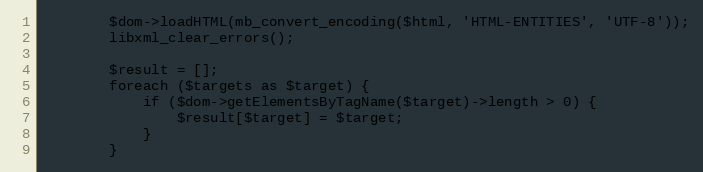
Language: PHP
		$dom->loadHTML(mb_convert_encoding($html, 'HTML-ENTITIES', 'UTF-8'));
		libxml_clear_errors();

		$result = [];
		foreach ($targets as $target) {
			if ($dom->getElementsByTagName($target)->length > 0) {
				$result[$target] = $target;
			}
		}